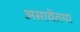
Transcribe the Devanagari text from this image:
असावेतया